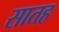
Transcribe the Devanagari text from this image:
सातह